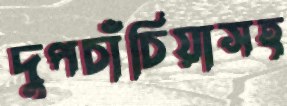
দুপচাঁচিয়াসহ